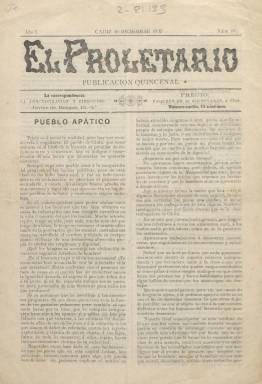
Título: El Proletario (Cádiz)
Colección: Revistas de información general
Ámbito geográfico: Cádiz
Lugar de publicación: Cádiz
Fechas: 16/12/1902-16/12/1902

El 1 de abril de 1902 salió en Cádiz el primer número del periódico quincenal anarquista El Proletario, publicación de contenido doctrinario que abogaba abiertamente por la revolución obrera. La Biblioteca Nacional de España sólo cuenta con un número, el 18 de 16 de diciembre de 1902, en cuya portada figura un artículo de fondo con un titular, Pueblo apático, bastante revelador de su ideario.

 En un suelto de ese mismo número con el título La voz de los cobardes, firmado por Francisco Macein, se puede leer: “Arraigado tenemos en nuestro espíritu el convencimiento de que solo por la violencia caben las conquistas del derecho humano y no han de ser las predicaciones insensatas de los tímidos las que nos contengan en esta propaganda revolucionaria que pretendemos acelerar con el fin loable de vernos cuanto antes en el término de las aspiraciones sociales”.

  La publicación informaba del movimiento obrero en toda España, especialmente del de filiación anarquista, aunque lo que la caracterizaba eran los artículos de combate ideológico, como el dedicado a criticar el impuesto sobre la renta, iniciativa que había nacido poco antes con el fin de buscar el reequilibro social pero que era rechazada por considerarla una reforma burguesa que no iba a emancipar a la clase obrera.

  En el número que posee la Biblioteca Nacional se da cuenta también del movimiento a favor de los encarcelados hacía 20 años por supuestamente pertenecer a la organización anarquista secreta y violenta del campo andaluz Mano Negra. La campaña había comenzado a principios de 1902 a cargo del periódico anarquista madrileño Tierra y Libertad y a ella se habían sumado periódicos españoles y europeos no sólo anarquistas.

  Según se puede leer en la página web de la CNT de Puerto Real, se publicaron 21 números de El Proletario, el último el 1 de febrero de 1903, además de un suplemento al número 14, y dejó de publicarse por falta de medios. Fue continuado por Germinal, que sólo publicó un número el 24 de marzo de 1903. La única colección completa de El Proletario se conserva en el International Institute of Social History (IISH) de Amsterdam.

  No hay que confundir esta publicación con otra del mismo título, El Proletario, también nacida en Cádiz, pero de ideología comunista y que se editó durante los años de la II República.

[Descripción publicada el 10/01/2019]